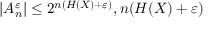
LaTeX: \left| A _ { n } ^ { \varepsilon } \right| \leq 2 ^ { n ( H ( X ) + \varepsilon ) } , n ( H ( X ) + \varepsilon )